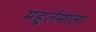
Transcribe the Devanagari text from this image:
महुर्तमाला